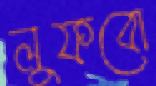
লুফবো